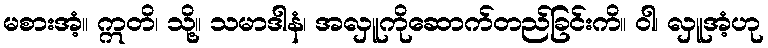
မစားအံ့။ ဣတိ၊ သို့။ သမာဒါနံ၊ အလှူကိုဆောက်တည်ခြင်းကိ။ ဝါ၊ လှူအံ့ဟု